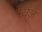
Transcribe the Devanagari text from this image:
म्युज़